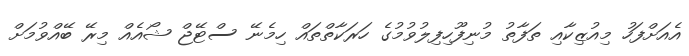
އެއަށްފަހު މިއުޒިކާއި ތަފާތު މުނިފޫހިފިލުވުމުގެ ހަރަކާތްތައް ހިމެނޭ ސްޓޭޖް ޝޯއެއް މިރޭ ބޭއްވުމަށް